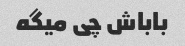
باباش چی میگه